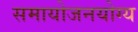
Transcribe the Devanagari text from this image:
समायोजनयोग्‍य